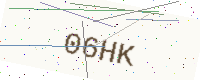
Text: 06HK